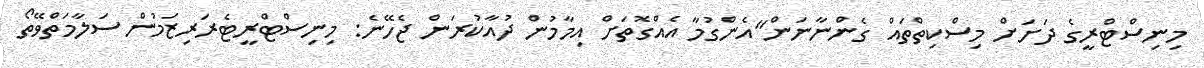
މިނިސްޓްރީގެ ދަށަށް މިސްކިތްތައް ގެންނާނަން"އެންގުމާ އެއްގޮތަށް އިމާމުން ދުއާކުރަން ޖެހޭނެ: މިނިސްޓްރީޓެރަރިޒަމުން ސަލާމަތްވޭތޯ